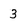
Character: 3